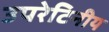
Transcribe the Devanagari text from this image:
उपरेटिनीय